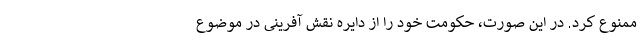
ممنوع کرد. در این صورت، حکومت خود را از دایره نقش آفرینی در موضوع